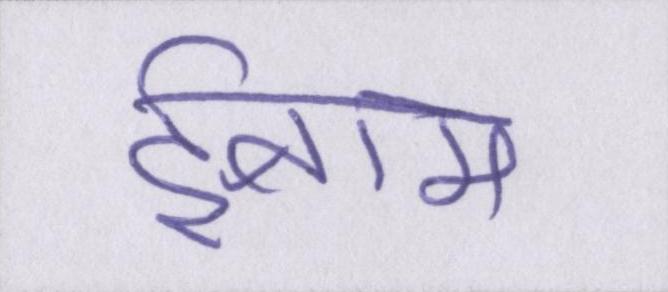
ईनाम